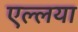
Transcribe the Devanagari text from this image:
एल्लया